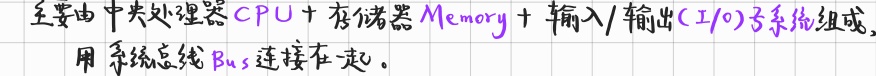
主要由中央处理器CPU + 存储器Memory + 输入/输出(I/O)子系统组成，用系统总线Bus连接在一起。